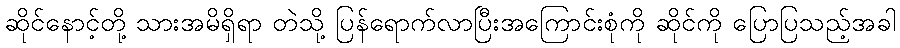
ဆိုင်နောင့်တို့ သားအမိရှိရာ တဲသို့ ပြန်ရောက်လာပြီးအကြောင်းစုံကို ဆိုင်ကို ပြောပြသည့်အခါ